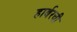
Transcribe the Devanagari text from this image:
हार्बरची